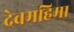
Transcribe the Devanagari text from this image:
देवमहिमा